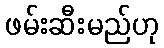
ဖမ်းဆီးမည်ဟု